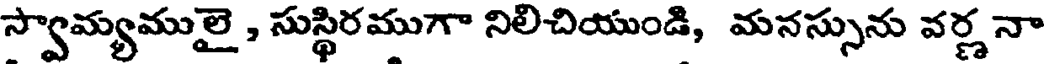
స్వామ్యములై , సుస్థిరముగా నిలిచియుండి, మనస్సును వర్ణ నా